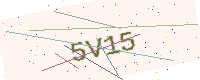
Text: 5V15